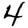
Digit: 4